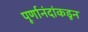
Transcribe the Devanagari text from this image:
पूर्णानंदांकडून